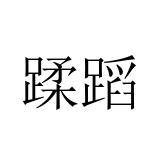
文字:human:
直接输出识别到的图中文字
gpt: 蹂蹈